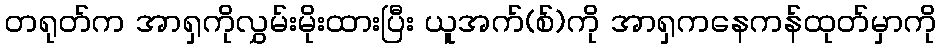
တရုတ်က အာရှကိုလွှမ်းမိုးထားပြီး ယူအက်(စ်)ကို အာရှကနေကန်ထုတ်မှာကို